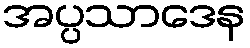
အပ္ပသာဒေန